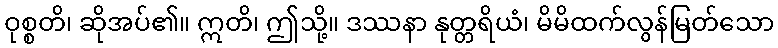
ဝုစ္စတိ၊ ဆိုအပ်၏။ ဣတိ၊ ဤသို့။ ဒဿနာ နုတ္တရိယံ၊ မိမိထက်လွန်မြတ်သော